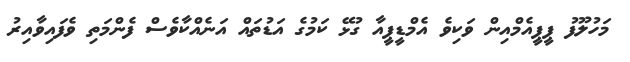
މަހުލޫފު ޕީޕީއެމްއިން ވަކިވެ އެމްޑީޕީއާ ގުޅޭ ކަމުގެ އަޑުތައް އަނެއްކާވެސް ފެންމަތި ވެފައިވާއިރު